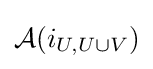
{\mathcal {A}}(i_{U,U\cup V})